Scottish Leaving Certificate Examination, 1961
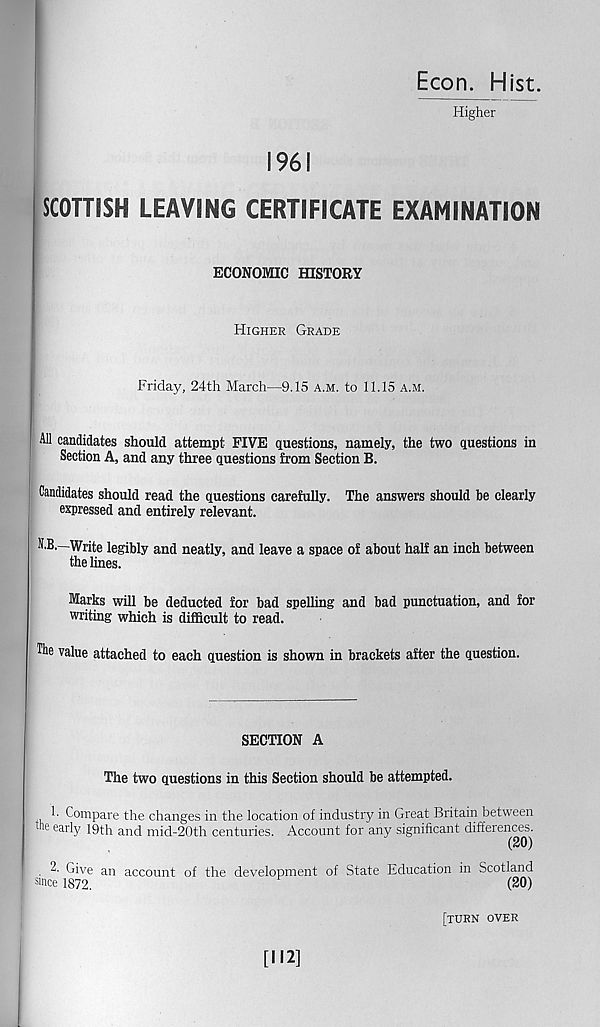
Econ. Hist.
Higher
1961
SCOTTISH LEAVING CERTIFICATE EXAMINATION
ECONOMIC HISTORY
Higher Grade
Friday, 24th March—9.15 a.m. to 11.15 a.m.
All candidates should attempt FIVE questions, namely, the two questions in
Section A, and any three questions from Section B.
Candidates should read the questions carefully. The answers should be clearly
expressed and entirely relevant.
N.B.—Write legibly and neatly, and leave a space of about half an inch between
the lines.
Marks will be deducted for bad spelling and bad punctuation, and for
writing which is difficult to read.
Hie value attached to each question is shown in brackets after the question.
SECTION A
The two questions in this Section should be attempted.
1. Compare the changes in the location of industry in Great Britain between
16 ear ly 19th and mid-20th centuries. Account for any significant differences.
(20)
. 2. Give an account of the development of State Education in Scotland
since 1872.
(20)
[turn over
[112]